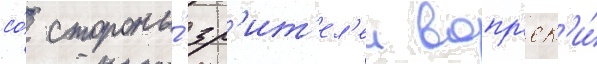
со́ стороны́ зр'ит'ел'еи вопр'ек'и́